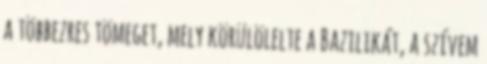
a többezres tömeget, mely körülölelte a Bazilikát, a szívem